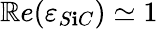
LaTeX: \mathbb{R}e(\varepsilon_{S\mathbf{i}C})\simeq1